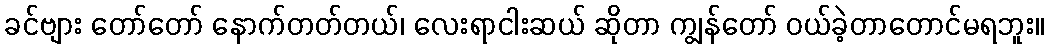
ခင်ဗျား တော်တော် နောက်တတ်တယ်၊ လေးရာငါးဆယ် ဆိုတာ ကျွန်တော် ဝယ်ခဲ့တာတောင်မရဘူး။